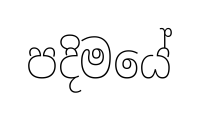
පදිමයේ